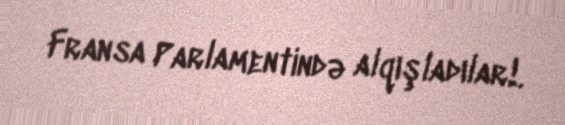
Fransa Parlamentində alqışladılar!.